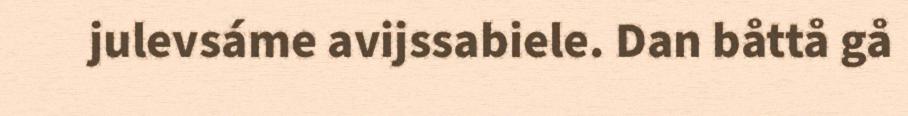
julevsáme avijssabiele. Dan båttå gå